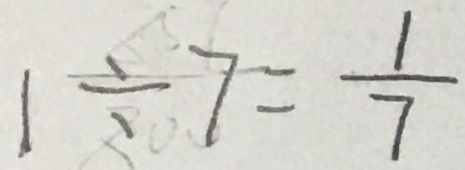
1 \div 7 = \frac { 1 } { 7 }